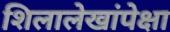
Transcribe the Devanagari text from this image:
शिलालेखांपेक्षा